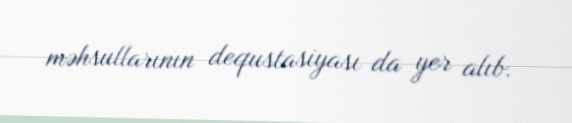
məhsullarının dequstasiyası da yer alıb.